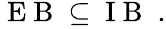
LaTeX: \begin{array}{r}{\mathrm{~E~B~}\subseteq\mathrm{~I~B~}\; .}\end{array}